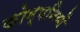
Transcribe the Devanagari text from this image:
कोम्पनियों